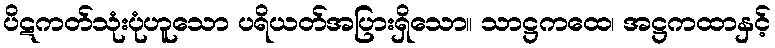
ပိဋကတ်သုံးပုံဟူသော ပရိယတ်အပြားရှိသော။ သာဋ္ဌကထေ၊ အဋ္ဌကထာနှင့်